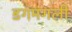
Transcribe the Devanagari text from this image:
डगमगली